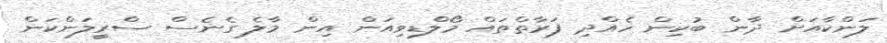
ލަންކާއަށް ދާން ބުކިން ހެއްދި ފަރާތްތައް މޯލްޑިވިއަން އިން މާލެ ގެނެސް ސްރީލަންކަން